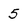
Character: 5